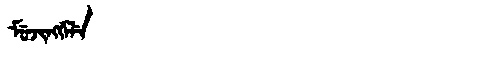
Manchu: ᠮᡠᠵᡳᠩᡤᡝᠯᡝ
Romanization: MUJINGGELE